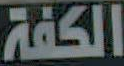
الكفة